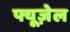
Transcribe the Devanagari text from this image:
फ्यूज़ेल